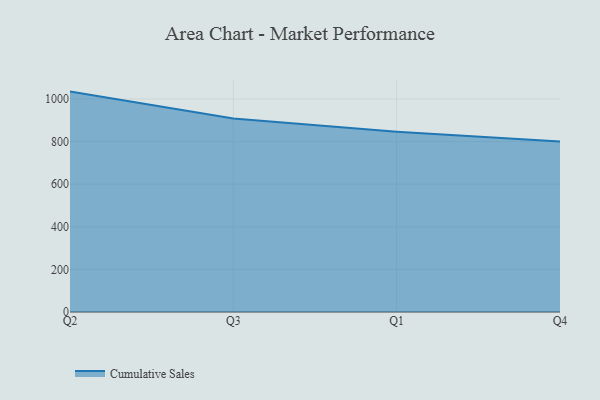
{"axis": {"x": "Quarter", "y": "Headcount"}, "legend": ["Cumulative Sales"], "data": [{"x": "Q2", "y": 1034.6, "type": "Cumulative Sales"}, {"x": "Q3", "y": 907.9, "type": "Cumulative Sales"}, {"x": "Q1", "y": 846.6, "type": "Cumulative Sales"}, {"x": "Q4", "y": 800, "type": "Cumulative Sales"}]}